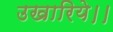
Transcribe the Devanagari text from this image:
उखारिये।।